King Institute of Preventive Medicine Bacteriolog. Section reports 1907-08
Year: 1907
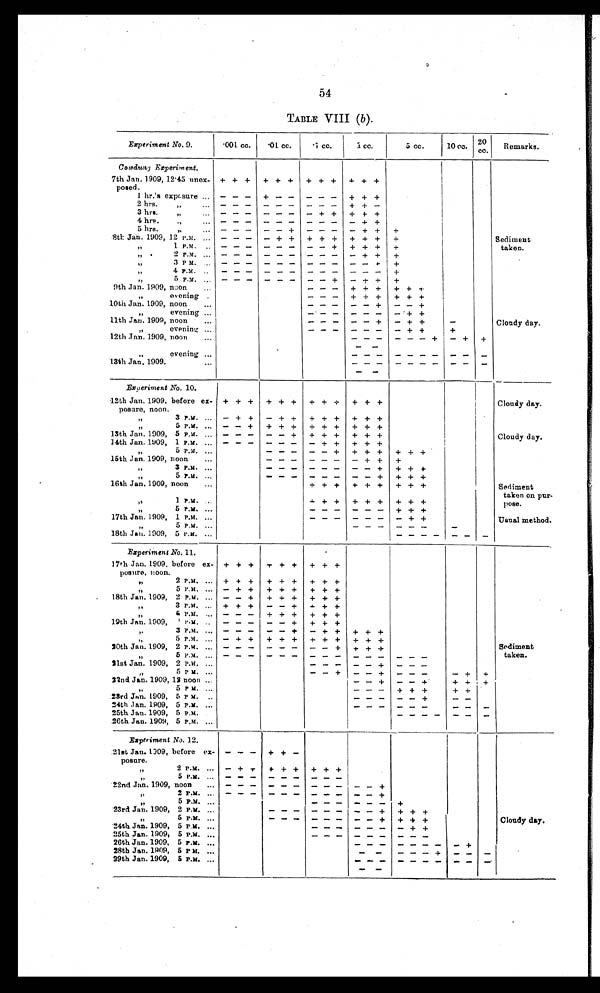
54
TABLE VIII (b).
Experiment No. 9.
'001 cc.
01 cc.
.1 cc.
1 cc.
5 cc.
20
10 cc.
cc.
Remarks.
Cowdung Experiment.
7th Jan. 1909, 12.45 unex-
posed.
1 hr.'s exposure ...
+ + +
- - -
+ + +
+ - -
+ + +
- - -
+
+ +
+ + +
2 hrs.
"
3 hrs.... "
- - -
- - -
- + +
+ + +
4 hrs.
.,
5 hrs.
"
8th Jan. 1909, 12 P.M. ...
- - -
- + +
+ + +
+ + +
+
Sediment ,,
1 P.M.
..
- - -
- - -
- - +
+ + +
+
taken.
"
2
P . M .
. . .
- - -
- - -
- - -
- + +
+
"
"
5
P . M .
+
- + +
4-
9th Jan. 1909, non • ...
- -
+ + +
+ + +
"
e v e n i n g
.
- - -
+ + +
+ + +
10th Jan. 1909, noon
...
,,
evening ...
11th Jan. 1909, noon
...
- - -
- - +
- + +
-
Cloudy day.
"
e v e n i n
g
12th Jan. 1909, noon
...
- - -
- - - +
4.
- +
+
- -
evening ... , ,
evening
_ _
- - -
- -
_
13th Jan. 1909.
_ _
_ _
_ _ . . .
....
Experiment No. 10.
12th Jan. 1909. before ex-
posure, noon.
3 P.M. ...
+ + +
- + +
+ + +
- + +
+ + +
+ + +
+ + +
+ + +
Cloudy day.
"
5 P.M. ...
- -
+
+ + +
+ + +
+ + +
13th Jan. 1909, 5 P.M. ... - - -
- - +
+ + +
+ + +
Cloudy day.
14th Jan. 1909, 1 P.M. ... - - -
- - -
- + +
+ + +
"
5 P.M. ...
- - -
- - +
+ + +
+ + +
15th Jan. 1909, noon
...
- - -
- - -
- + +
+
,,
3 P . M .
- - -
- - -
- - +
+
+ +
5 P . M . . . .
- - -
- - -
- - 4
+
+ +
16th Jan. 1909, noon
...
+ + +
+ + +
+ + +
Sediment
taken on pur-
"
1
P . M .
+ + +
+ + +
+ + +
pose.
"
5 P.M. ...
- - -
- - -
+ + +
17th Jan. 1909, I P.M. ...
Usual method.
"
5 P.M. ...
- - -
- - -
-
18thJan. 1909, 5 P.M. ...
- - - -
- -
-
Experiment No. 11.
17th Jan. 1909, before ex-
posure, room
+ +
+ + +
"
2 P.m. ... + + +
+ + +
+ + +
,,
5 P.M. ... + +
+ + +
+ + +
18th Jan. 1909, 2 P.M. ... - - +
+ + +
+ + +
"
3 P.M. ...
+ + +
- - +
+ + +
" 5
P . M .
- - -
+
+ + +
19th Jan. 1909,
1 P
. M .
- - -
- - +
+ + +
,,
" 3 P.m.
- - -
- - +
- + +
+ + +
,,
5 P.M. ...
20th Jan. 1909, 2 P.M. ...
- + +
-- • -
+ + +
- -- -
+ + +
- - +
+ + +
+ + 4-
Sediment
taken.
"
21st Jan. 1909, 2 P.M. ...
5 P M. ...
''
- - +
- - +
- - -
- +
+
22nd Jan. 1909, 12 noon ...
I- - +
- - +
+ +
5 P.M. ...
"
23rd Jan. 1909, 5 P M. ..
- - -
+ + +
+ +
-
24thJan. 1909, 5 P.M. ...
_ _ _
_ _ _
..- -
-
25th Jan. 1909, 5 P.M.
- - - -
- -
-
26th Jan. 1909, 5 P.M. ...
Experiment No. 12.
21st Jan. 1909, before ex-
posure.
"
2 P.m. ...
- - -
+ + -
- + -
+ + +
+ + +
"
22nd Jan. 1909, noon
...
- - -
_ _ _
_ _ +
,,
2 P.M.
" "
.
5 P.M
- - -
- - -
-
- -
• - 4-
23rd Jan. 1909, 2 P.M. ...
- - -
-
- -
- - +
5 P.M. ...
"
- - -
-
-
- - +
+ + +
Cloudy day.
24th Jan. 1909, 5 P.M. ...
25th Jan. 1909, 5 P.M. ..,
- - -
- - -
- - -
26th Jan. 1909, 5 P.M. ...
28th Jan. 1909, 5 Pat. ...
29th Jan. 1909, 5 P.M. ...
- - -
- -